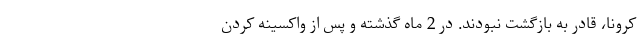
کرونا، قادر به بازگشت نبودند. در 2 ماه گذشته و پس از واکسینه کردن